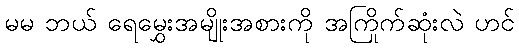
မမ ဘယ် ရေမွှေးအမျိုးအစားကို အကြိုက်ဆုံးလဲ ဟင်